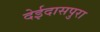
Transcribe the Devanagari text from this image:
देईदासपुरा